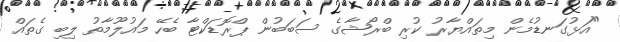
"އަޅުގަނޑުމެން މިތައްޔާރު ކުރި ބްރޯޝާގެ ސަބަބުން ޕްރޮޑަކްޓާ ބެހޭ މައުލޫމާތު ލިބި ގެތައް